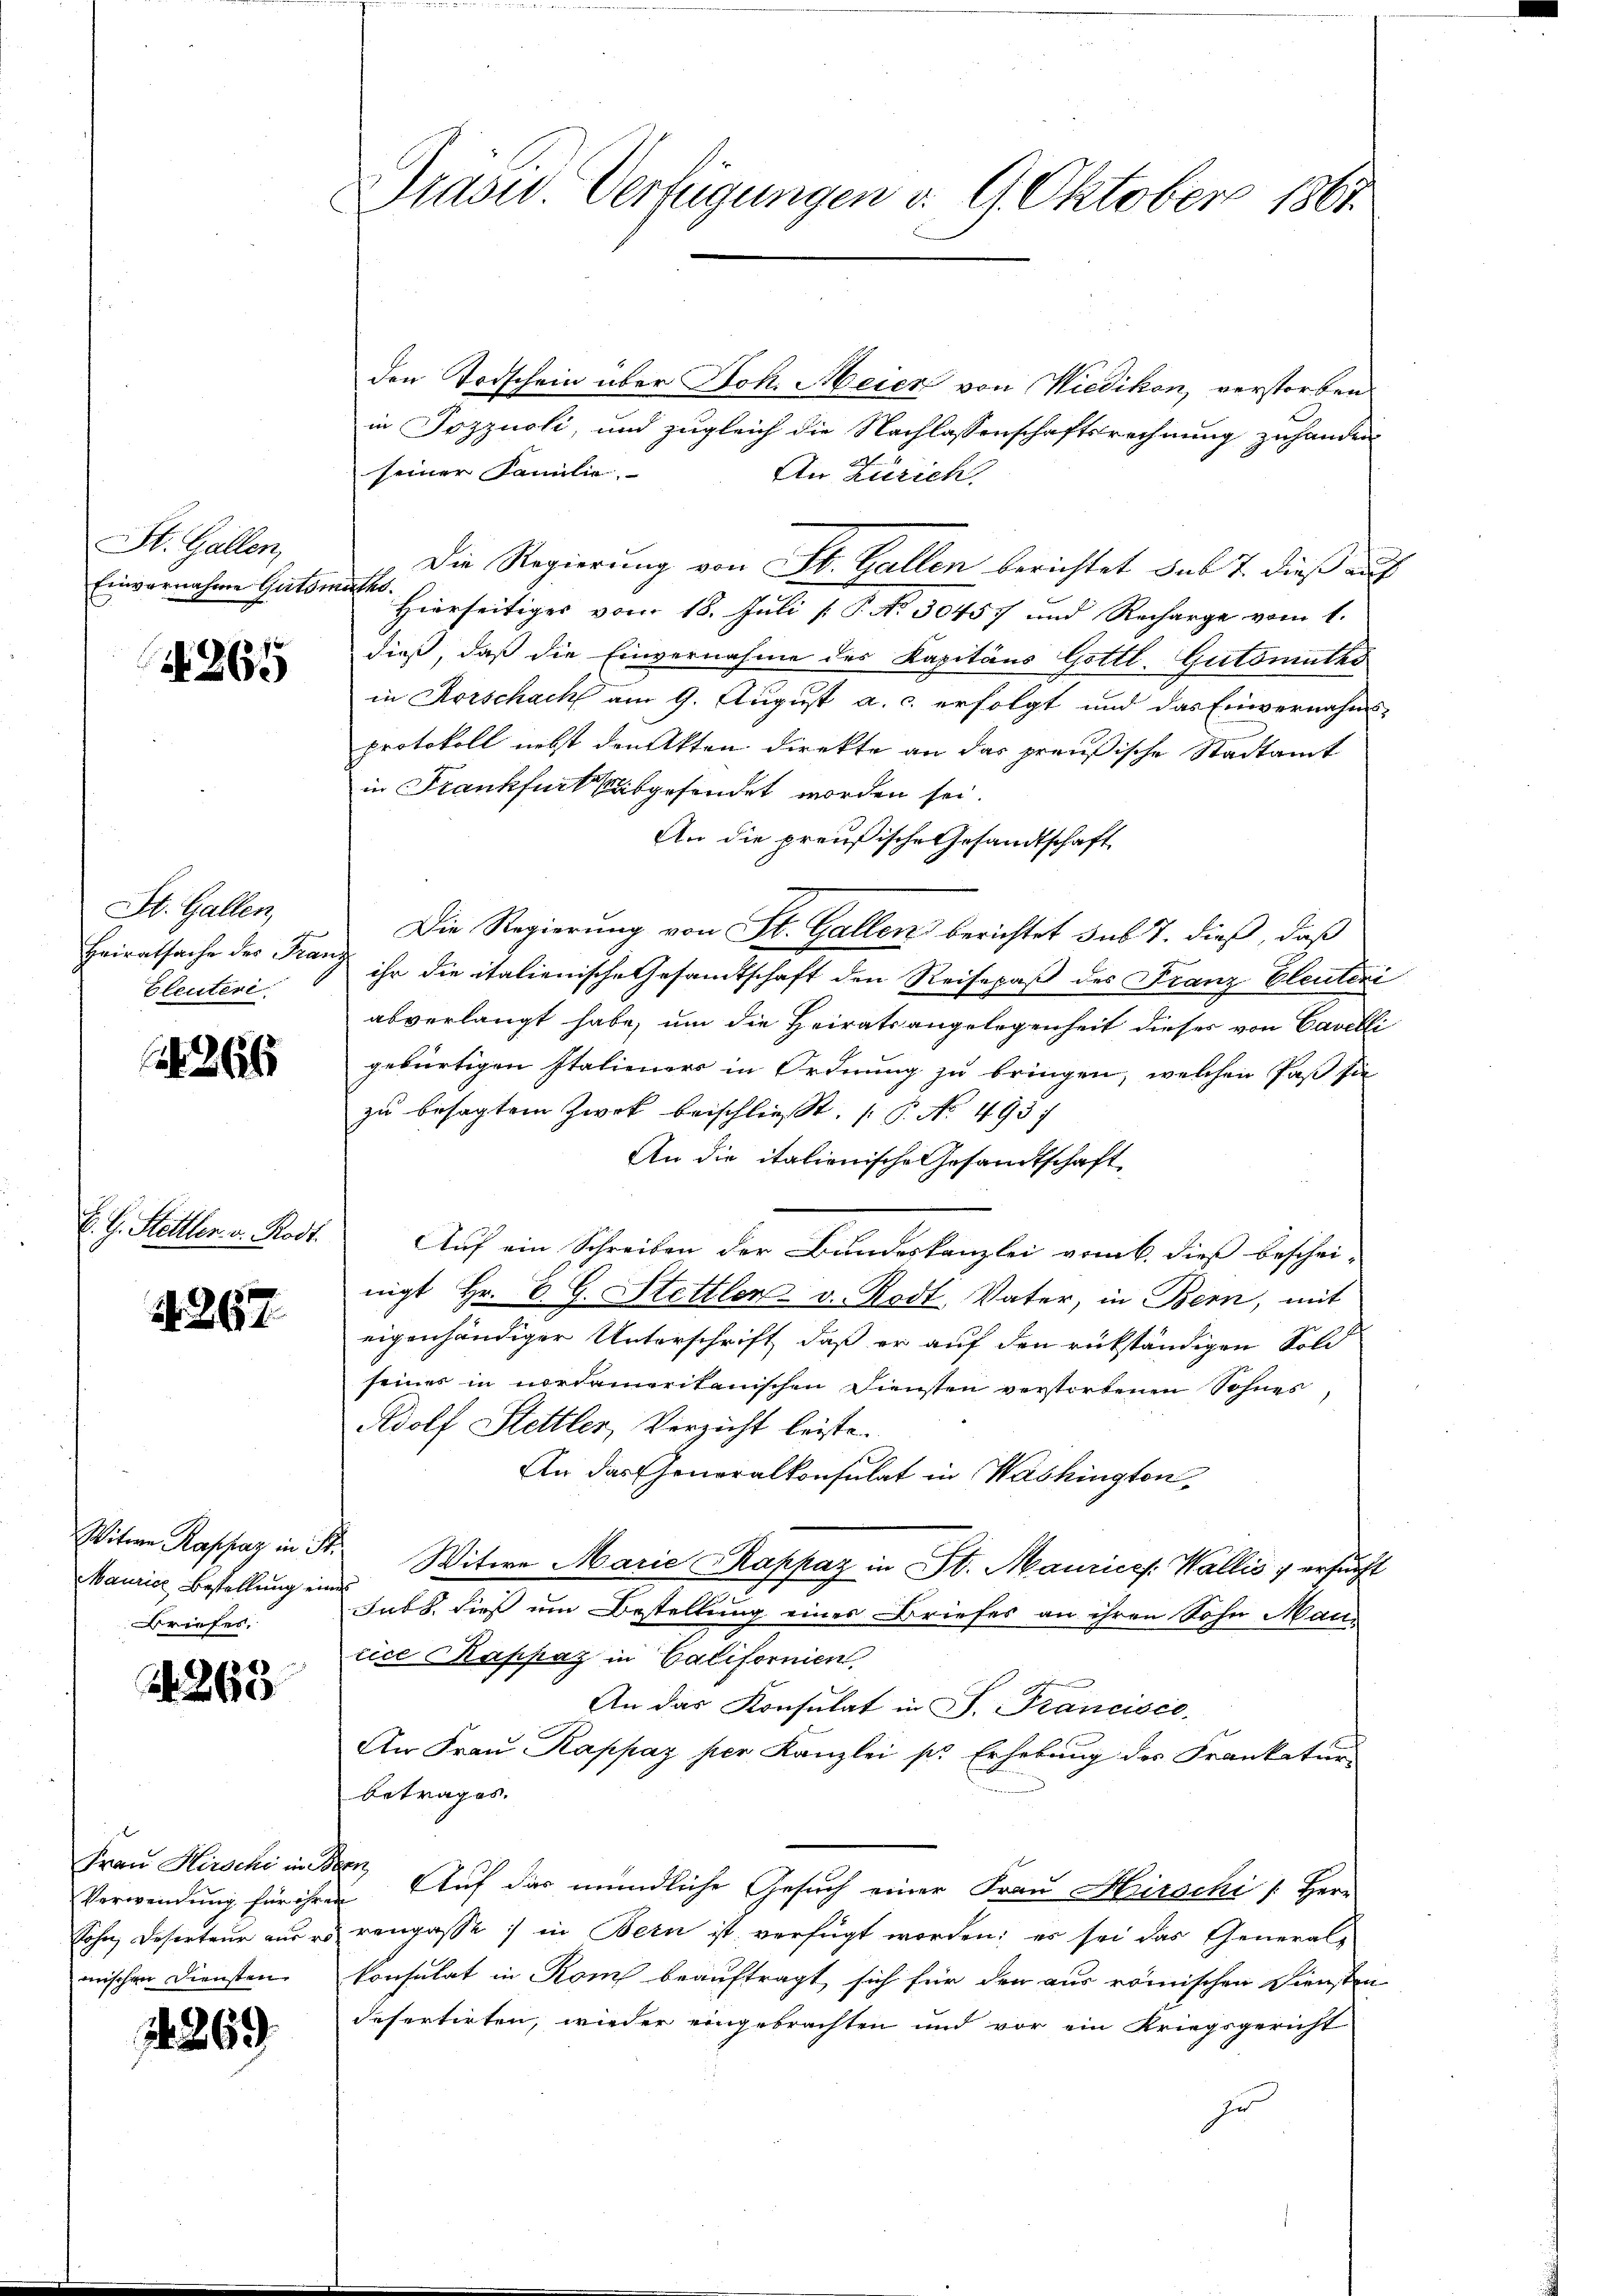
St. Gallen,
Einvernahme Gutsm

N 265

St. Gallen,
Heiratsache der Fran
bleuteri

266

E. G. Stelller. v. Rodt.

A. 267

Witwe Rappaz in St.
Maurice Bestellung eine
Briefes.

268

Frau Hirschi in
Verwendung für ihre
Sohn, Deserteur aus er
oischen Diensten

1269

Dradw. Verfügungen v. 9. Oktober 1867.

den Todschein über Joh. Meier von Wiedikon, verstorben
in Sozzuoli, und zugleich die Nachlassenschaftsrechnung zuhander
seiner Familie.
An Zürich.
Die Regierung von St. Gallen berichtet sub 7. dieß auf
a
Hierseitiges vom 18. Juli [ P. No 30457 und Recharge vom 1.
dieß, daß die Einvernahme des Kapitäns Gottl. Gutsmuths
in Rorschach am 9. August a. c. erfolgt und das Einvernahms-
protokoll nebst druckten direkte an das preußische Stadtamt
in Frankfurt abgesendet worden sei.
An die preußische Gesandtschaft
Die Regierung von St. Gallen berichtet sub 7. dieß, daß
ihr die italienische Gesandtschaft den Reisepaß des Franz Eleuteni
abverlangt habe, um die Heiratsangelegenheit dieser von Cavelli
gebürtigen Italieners in Ordnung zu bringen, welchen fast sie
zu besagtem Zweck beischließt, P. No. 495.
An die italienische Gesandtschaft
Auf ein Schreiben der Bundeskanzlei vom 6. dieß beschei-
nigt Hr. P. G. Stettler v. Rodt, Vater, in Bern, mit
eigenhändiger Unterschrift, daß er auf den rükständigen Sold
seines in nordamerikanischen Diensten verstorbenen Sohnes
Rdolf Stettler, Verzicht leiste
An das Generalkonsulat in Washington,
Witwe Marie Kappaz in St. Maurices Wallis, ersucht
Dubs, dieß um Bestellung eines Briefes an ihren Sohn Maurice Kappaz in Californien,
An das Konsulat in S. Francisco
An Frau Kappaz per Kanzlei pr Erhebung des Frankatur
betrages.
 Auf das mündliche Gesuch einer Frau Hirschi / Herr
rengasse in Bern ist verfügt worden; es sei das Generalkonsulat in Rom beauftragt sich für den aus römischen Diensten
defertirten, wieder eingebrachten und vor ein Kriegsgericht
zu